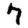
Digit: 7